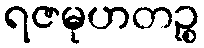
ရဇမုဟတဉ္စ